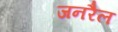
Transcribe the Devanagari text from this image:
जनरैल